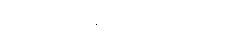
လှည့်ပြန်လာခဲ့သည်။